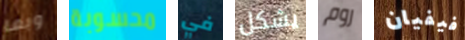
وبما محسوبة في يشكل روم فيفيان